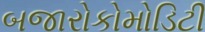
બજારોકોમોડિટી